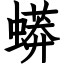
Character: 蟒